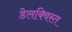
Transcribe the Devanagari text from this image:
डेलक्विस्त